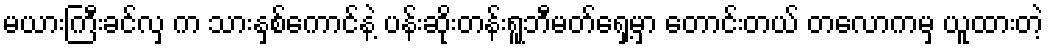
မယားကြီးခင်လှ က သားနှစ်ကောင်နဲ့ ပန်းဆိုးတန်းရူဘီမတ်ရှေ့မှာ တောင်းတယ် တလောကမှ ယူထားတဲ့